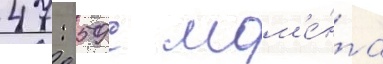
47: 59 с мом'е́нта